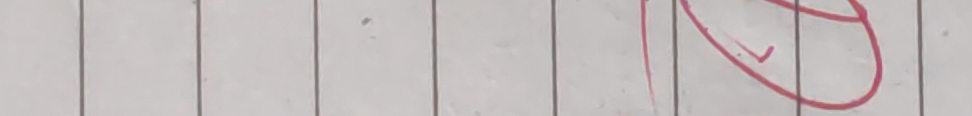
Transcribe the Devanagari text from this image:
१०